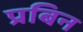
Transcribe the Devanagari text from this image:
प्रबिन